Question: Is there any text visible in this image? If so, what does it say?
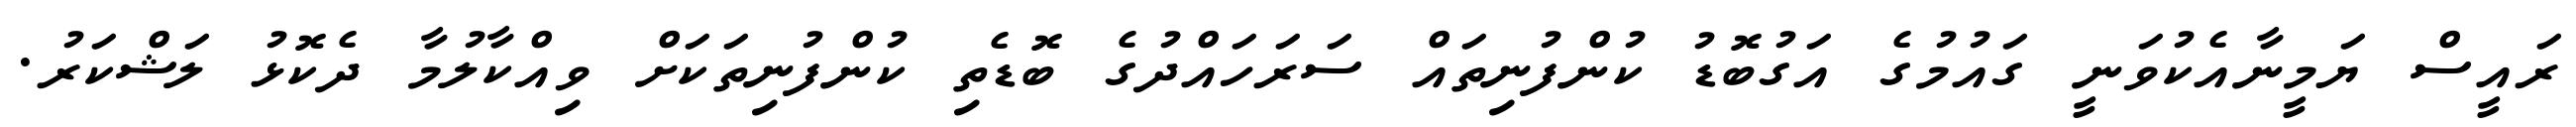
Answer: ރައީސް ޔަމީނާއެކުވަނީ ގައުމުގެ އަގުބޮޑު ކުންފުނިތައް ސަރަހައްދުގެ ބޮޑެތި ކުންފުނިތަކަށް ވިއްކާލުމާ ދެކޮޅު ލަޝްކަރު.